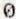
0